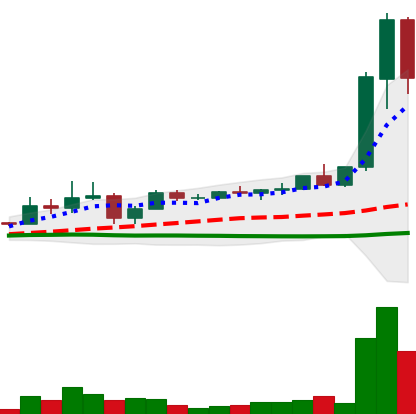
Ticker: XRP-USD
Chart end date: 2021-04-07
Forward return: 59.958%
Label: up_7plus